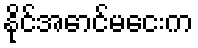
နိုင်အောင်မငေးက